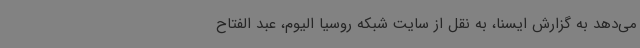
می‌دهد به گزارش ایسنا، به نقل از سایت شبکه روسیا الیوم، عبد الفتاح